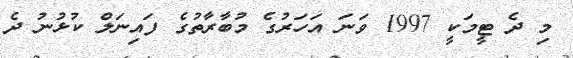
މި ދެ ޓީމަކީ 1997 ވަނަ އަހަރުގެ މުބާރާތުގެ ފައިނަލް ކުޅުނު ދެ